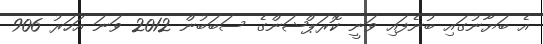
އެ ބަޔާނުގައި ބުނެފައި ވަނީ ކޮރަޕްޝަންގެ ސަބަބުން 2012 ވަނަ އަހަރު 906